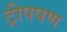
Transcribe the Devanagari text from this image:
ट्रीपपण